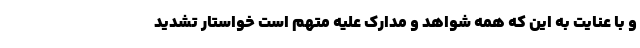
و با عنایت به این که همه شواهد و مدارک علیه متهم است خواستار تشدید